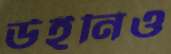
উইনিও